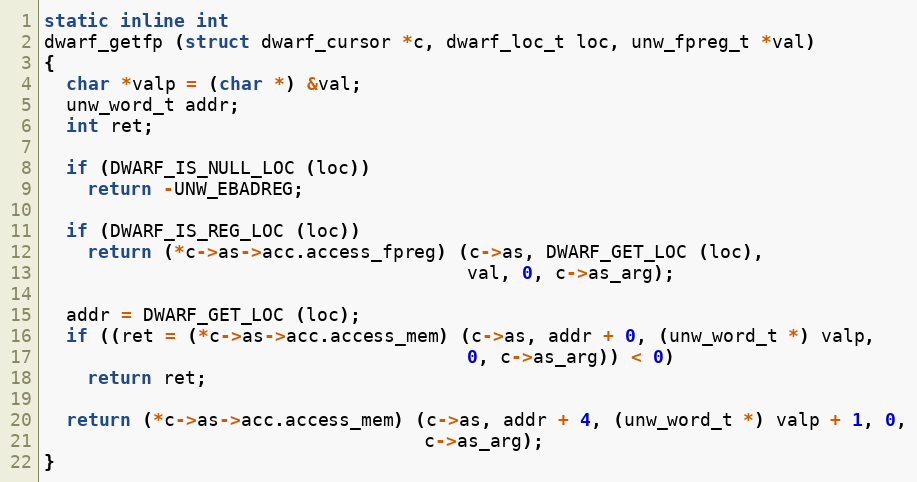
Language: C
static inline int
dwarf_getfp (struct dwarf_cursor *c, dwarf_loc_t loc, unw_fpreg_t *val)
{
  char *valp = (char *) &val;
  unw_word_t addr;
  int ret;

  if (DWARF_IS_NULL_LOC (loc))
    return -UNW_EBADREG;

  if (DWARF_IS_REG_LOC (loc))
    return (*c->as->acc.access_fpreg) (c->as, DWARF_GET_LOC (loc),
                                       val, 0, c->as_arg);

  addr = DWARF_GET_LOC (loc);
  if ((ret = (*c->as->acc.access_mem) (c->as, addr + 0, (unw_word_t *) valp,
                                       0, c->as_arg)) < 0)
    return ret;

  return (*c->as->acc.access_mem) (c->as, addr + 4, (unw_word_t *) valp + 1, 0,
                                   c->as_arg);
}